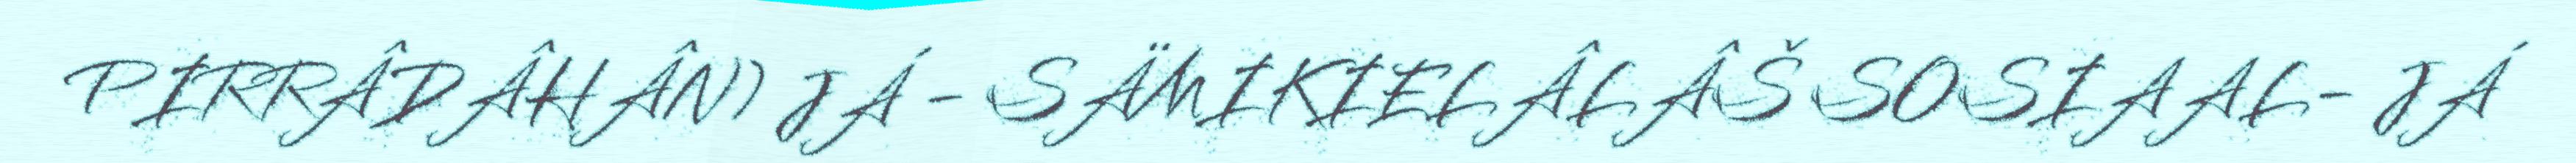
PIRRÂDÂHÂN) JÁ - SÄMIKIELÂLÂŠ SOSIAAL- JÁ